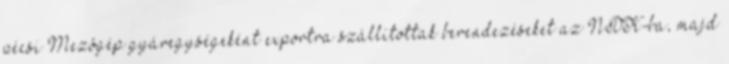
pécsi Mezôgép gyáregységeként exportra szállítottak berendezéseket az NDK-ba, majd